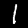
Label: 1